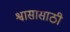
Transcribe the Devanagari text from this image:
श्वासासाठी